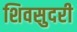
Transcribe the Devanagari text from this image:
शिवसुदरी